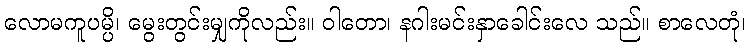
လောမကူပမ္ပိ၊ မွေးတွင်းမျှကိုလည်း။ ဝါတော၊ နဂါးမင်းနှာခေါင်းလေ သည်။ စာလေတုံ၊